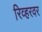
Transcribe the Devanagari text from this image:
रिव्हरवर